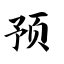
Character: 预